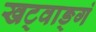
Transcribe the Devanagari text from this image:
खट्वाङ्गं